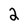
Character: 2